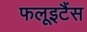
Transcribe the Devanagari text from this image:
फलूइटैंस